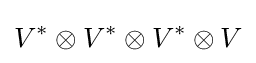
V^{*}\otimes V^{*}\otimes V^{*}\otimes V